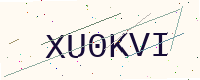
Text: XU0KVI